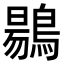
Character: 𪃌